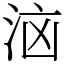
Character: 𭰔